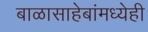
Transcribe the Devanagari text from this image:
बाळासाहेबांमध्येही